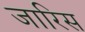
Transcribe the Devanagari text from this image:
जारिस